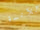
للآنسة